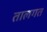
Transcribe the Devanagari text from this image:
तालगत